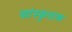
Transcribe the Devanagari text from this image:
सांस्कृताक